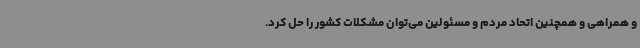
و همراهی و همچنین اتحاد مردم و مسئولین می‌توان مشکلات کشور را حل کرد.